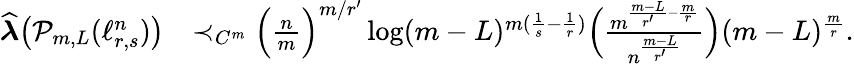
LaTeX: \begin{array}{rl}{\widehat{\boldsymbol{\lambda}}\big(\mathcal P_{m,L}(\ell_{r,s}^{n})\big)}&{\prec_{C^{m}}\Big(\frac{n}{m}\Big)^{m/r^{\prime}}\log(m-L)^{m(\frac 1{s}-\frac 1{r})}\Big(\frac{m^{\frac{m-L}{r^{\prime}}-\frac{m}{r}}}{n^{\frac{m-L}{r^{\prime}}}}\Big)(m-L)^{\frac{m}{r}}.}\end{array}